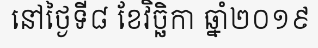
នៅថ្ងៃទី៨ ខែវិច្ឆិកា ឆ្នាំ២០១៩